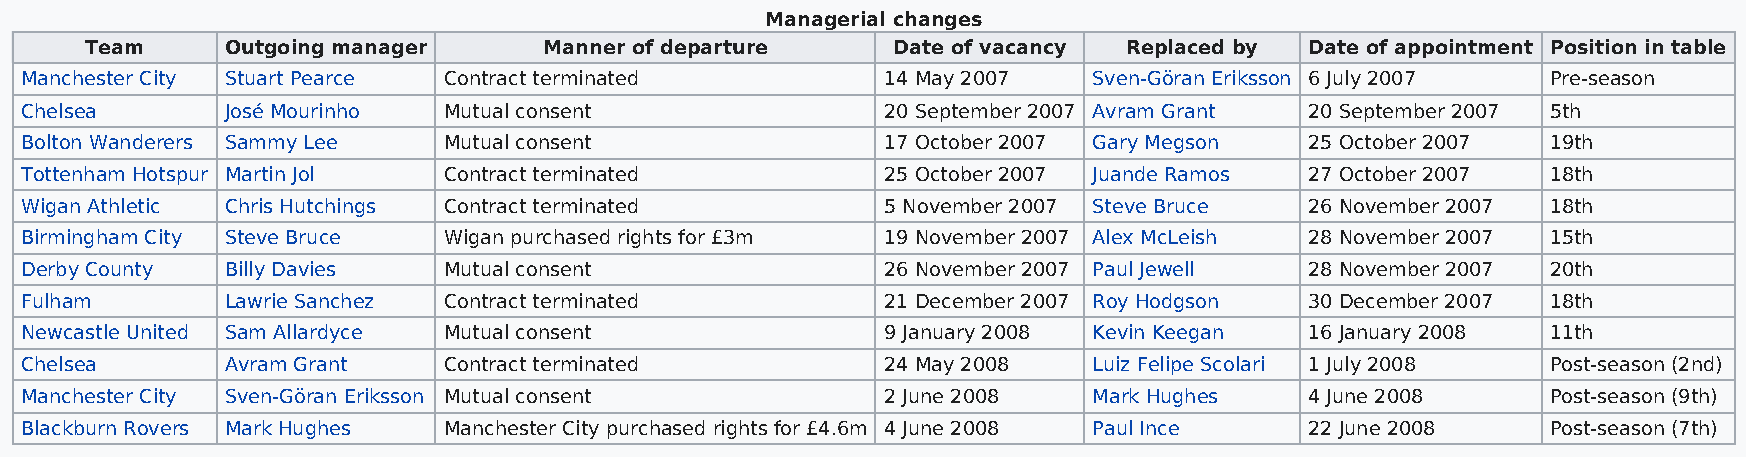
Managerial changes
 Team     Outgoing manager     Manner of departure    Date of vacancy Replaced by Date of appointment Position in table
 Manchester City Stuart Pearce Contract terminated         14 May 2007  Sven-Göran Eriksson 6 July 2007 Pre-season
 Chelsea       José Mourinho Mutual consent                20 September 2007 Avram Grant 20 September 2007 5th
 Bolton Wanderers Sammy Lee  Mutual consent                17 October 2007 Gary Megson 25 October 2007 19th
 Tottenham Hotspur Martin Jol Contract terminated          25 October 2007 Juande Ramos 27 October 2007 18th
 Wigan Athletic Chris Hutchings Contract terminated        5 November 2007 Steve Bruce 26 November 2007 18th
 Birmingham City Steve Bruce Wigan purchased rights for £3m 19 November 2007 Alex McLeish 28 November 2007 15th
 Derby County  Billy Davies  Mutual consent                26 November 2007 Paul Jewell 28 November 2007 20th
 Fulham        Lawrie Sanchez Contract terminated          21 December 2007 Roy Hodgson 30 December 2007 18th
 Newcastle United Sam Allardyce Mutual consent             9 January 2008 Kevin Keegan 16 January 2008 11th
 Chelsea       Avram Grant   Contract terminated           24 May 2008  Luiz Felipe Scolari 1 July 2008 Post-season (2nd)
 Manchester City Sven-Göran Eriksson Mutual consent        2 June 2008  Mark Hughes    4 June 2008     Post-season (9th)
 Blackburn Rovers Mark Hughes Manchester City purchased rights for £4.6m 4 June 2008 Paul Ince 22 June 2008 Post-season (7th)